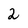
Character: 2